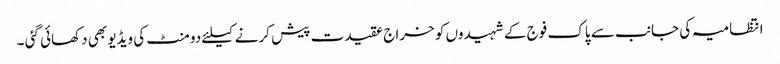
انتظامیہ کی جانب سے پاک فوج کے شہیدوں کو خراج عقیدت پیش کرنے کیلئے دو منٹ کی ویڈیو بھی دکھائی گئی ۔